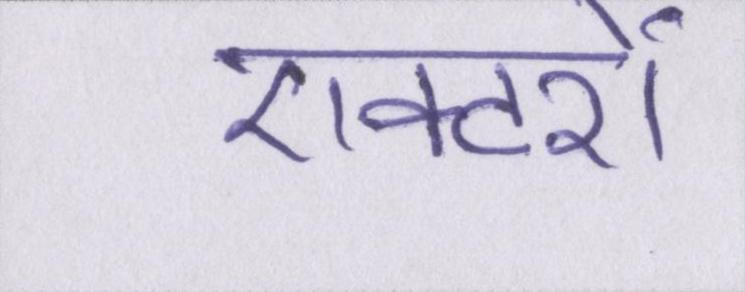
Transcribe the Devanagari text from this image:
एक्टरों